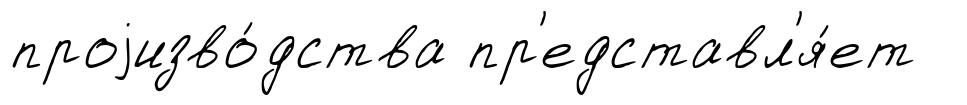
проjизво́дства пр'едставл'я́ет